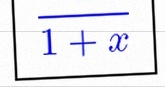
\frac{1}{1+x}